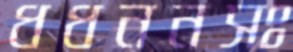
ধধননসঃ